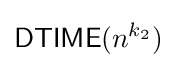
{\mathsf {DTIME}}(n^{k_{2}})